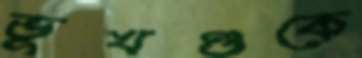
ভূখণ্ডকে